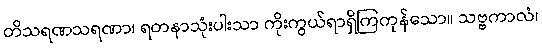
တိသရဏသရဏာ၊ ရတနာသုံးပါးသာ ကိုးကွယ်ရာရှိကြကုန်သော။ သဗ္ဗကာလံ၊